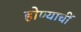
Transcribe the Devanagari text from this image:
होण्याचीं